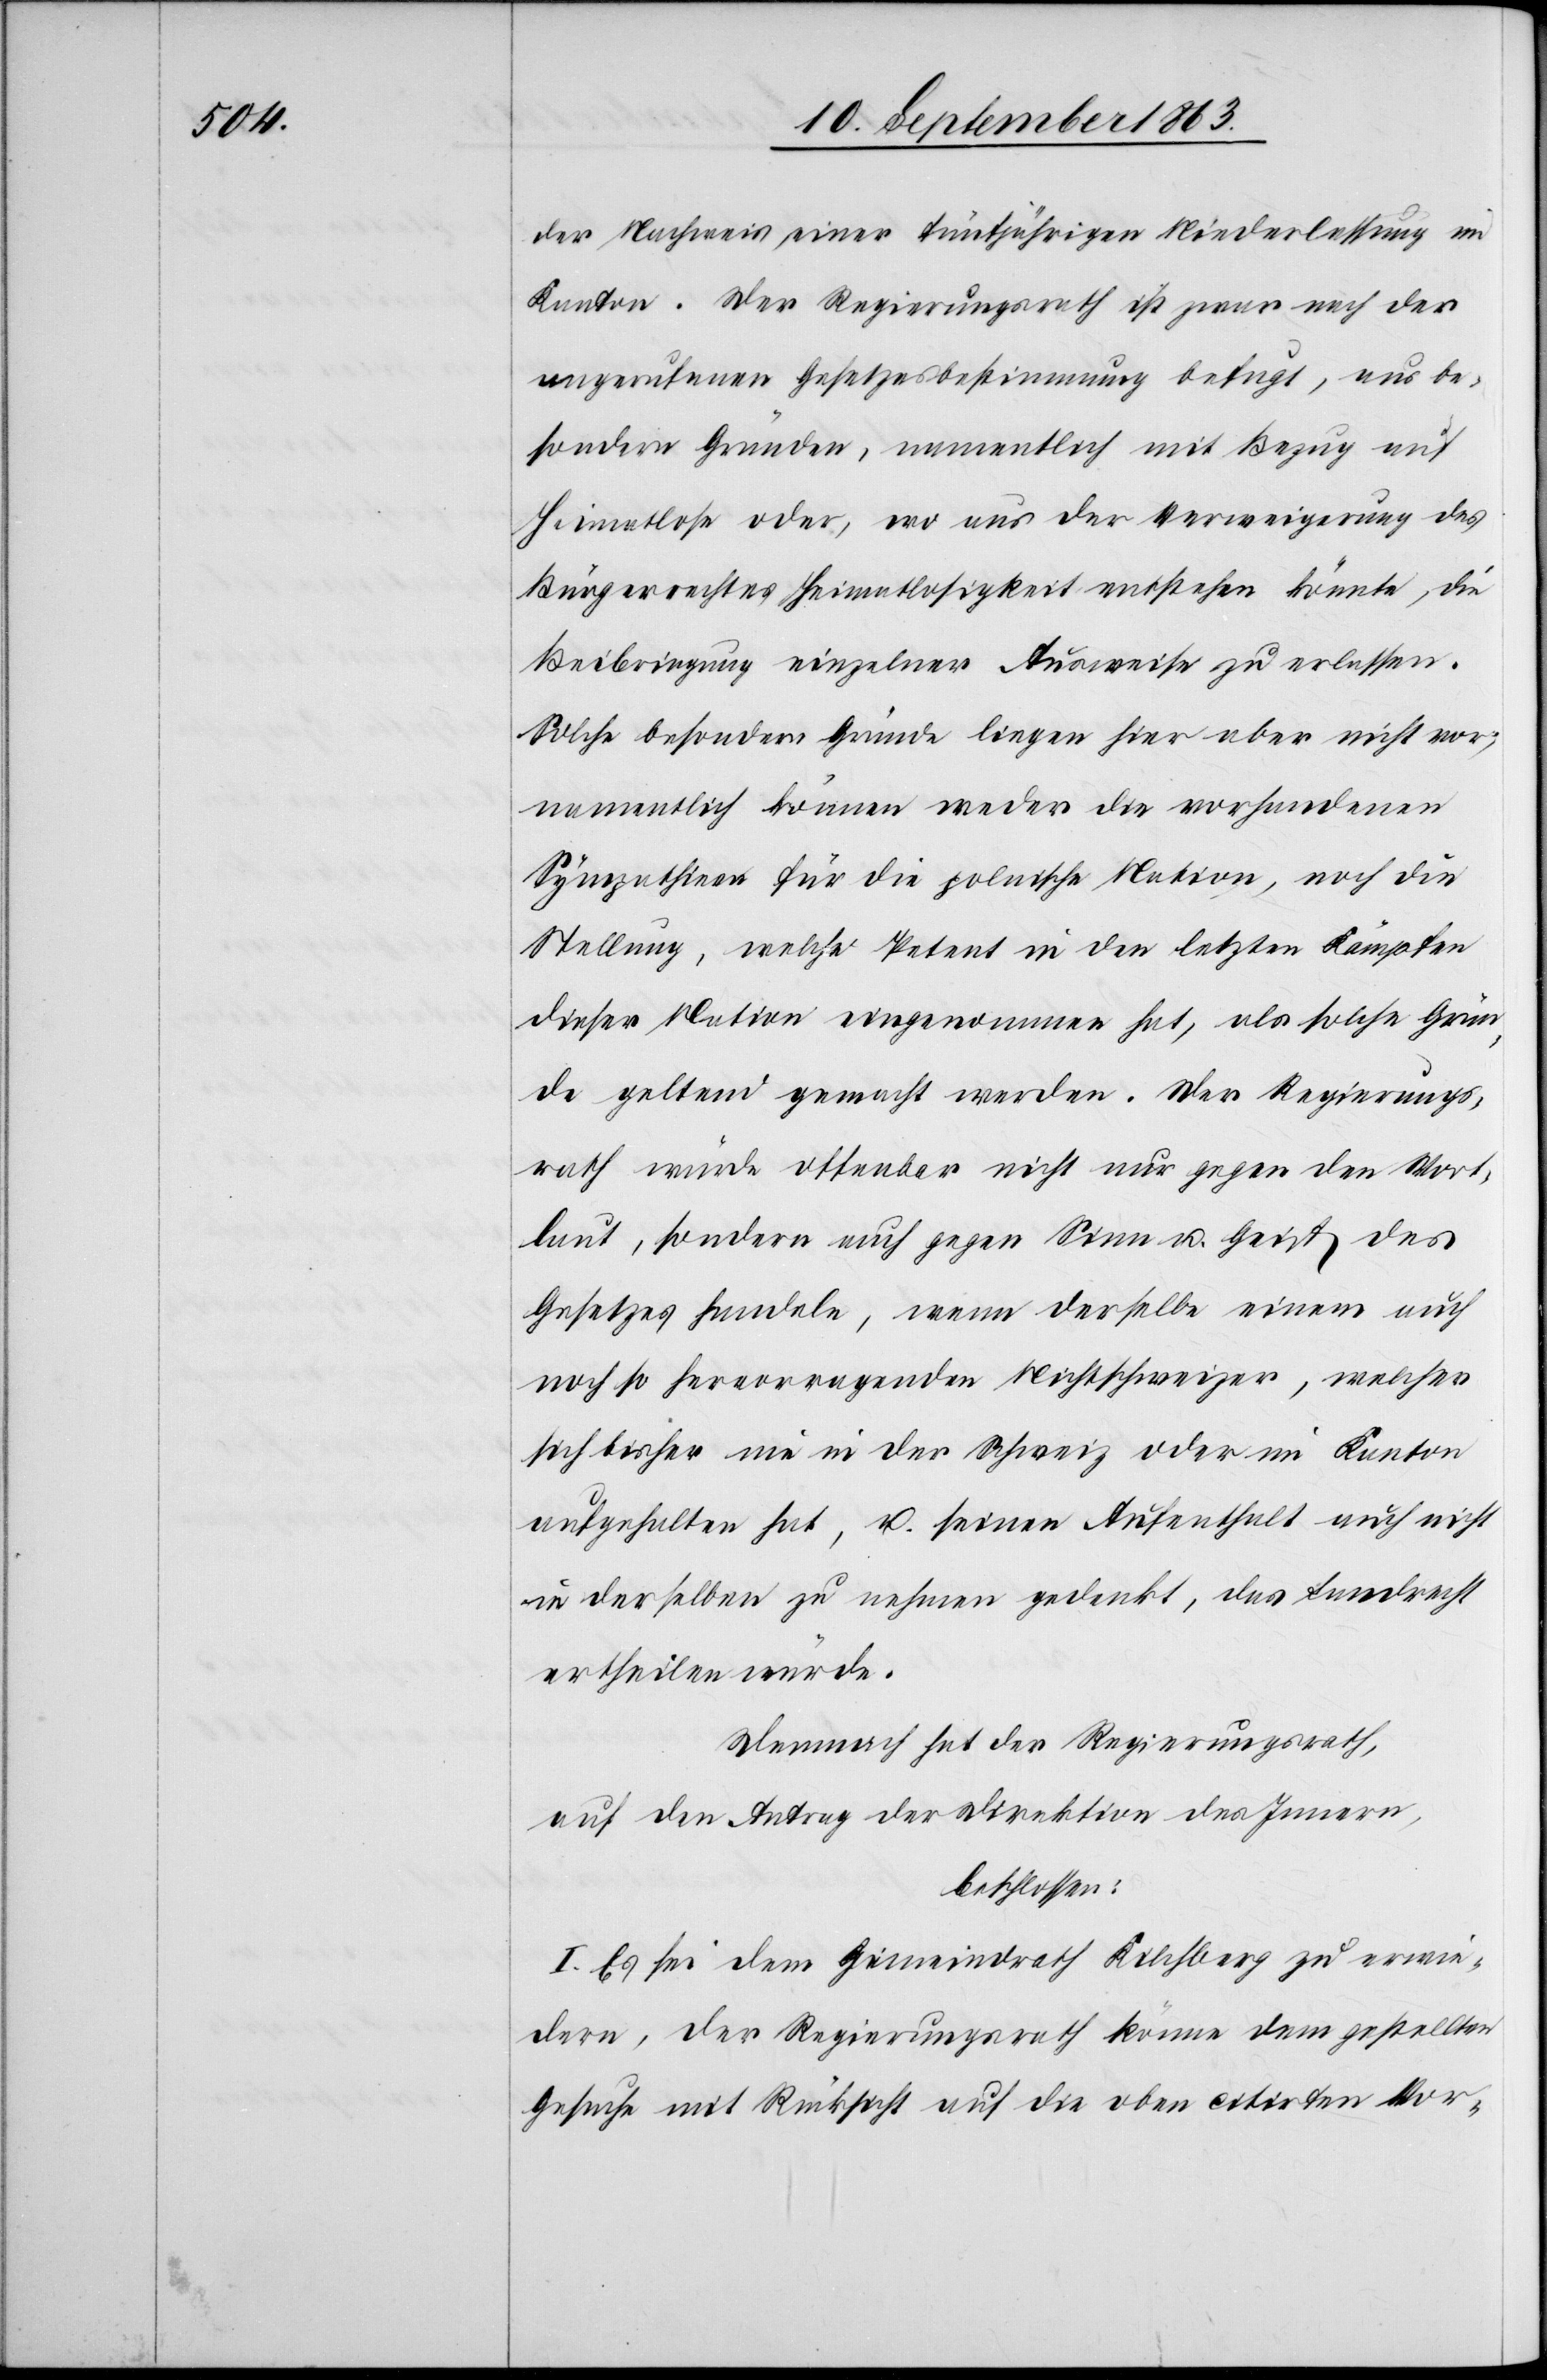
der Nachweis einer fünfjährigen Niederlassung im
Kanton. Der Regierungsrath ist zwar nach der
angerufenen Gesetzesbestimmung befugt, aus be¬
sondern Gründen, namentlich mit Bezug auf
Heimatlose oder, wo aus der Verweigerung des
Bürgerrechtes Heimatlosigkeit entstehen könnte, die
Beibringung einzelner Ausweise zu erlassen.
Solche besondern Gründe liegen hier aber nicht vor;
namentlich können weder die vorhandenen
Sympathieen für die polnische Nation, noch die
Stellung, welche Petent in den letzten Kämpfen
dieser Nation eingenommen hat, als solche Grün¬
de geltend gemacht werden. Der Regierungs¬
rath würde offenbar nicht nur gegen den Wort¬
laut, sondern auch gegen Sinn u. Geist des
Gesetzes handeln, wenn derselbe einem auch
noch so hervorragenden Nichtschweizer, welcher
sich bisher nie in der Schweiz oder im Kanton
aufgehalten hat, u. seinen Aufenthalt auch nicht
in derselben zu nehmen gedenkt, das Landrecht
ertheilen würde.
Demnach hat der Regierungsrath,
auf den Antrag der Direktion des Innern,
beschlossen:
I. Es sei dem Gemeindrath Kilchberg zu erwie¬
dern, der Regierungsrath könne dem gestellten
Gesuche mit Rücksicht auf die oben citirten Vor-